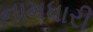
નામધારી